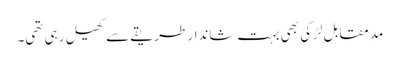
مدِ مقابل لڑکی بھی بہت شاندار طریقے سے کھیل رہی تھی۔